Bréfritari: Jakobína Jónsdóttir
Viðtakandi: Sólveig Jónsdóttir
Dagsetning: A-1857-11-17
Skrifað á: Hólmum  S-Múl.
systir bréfviðtakanda

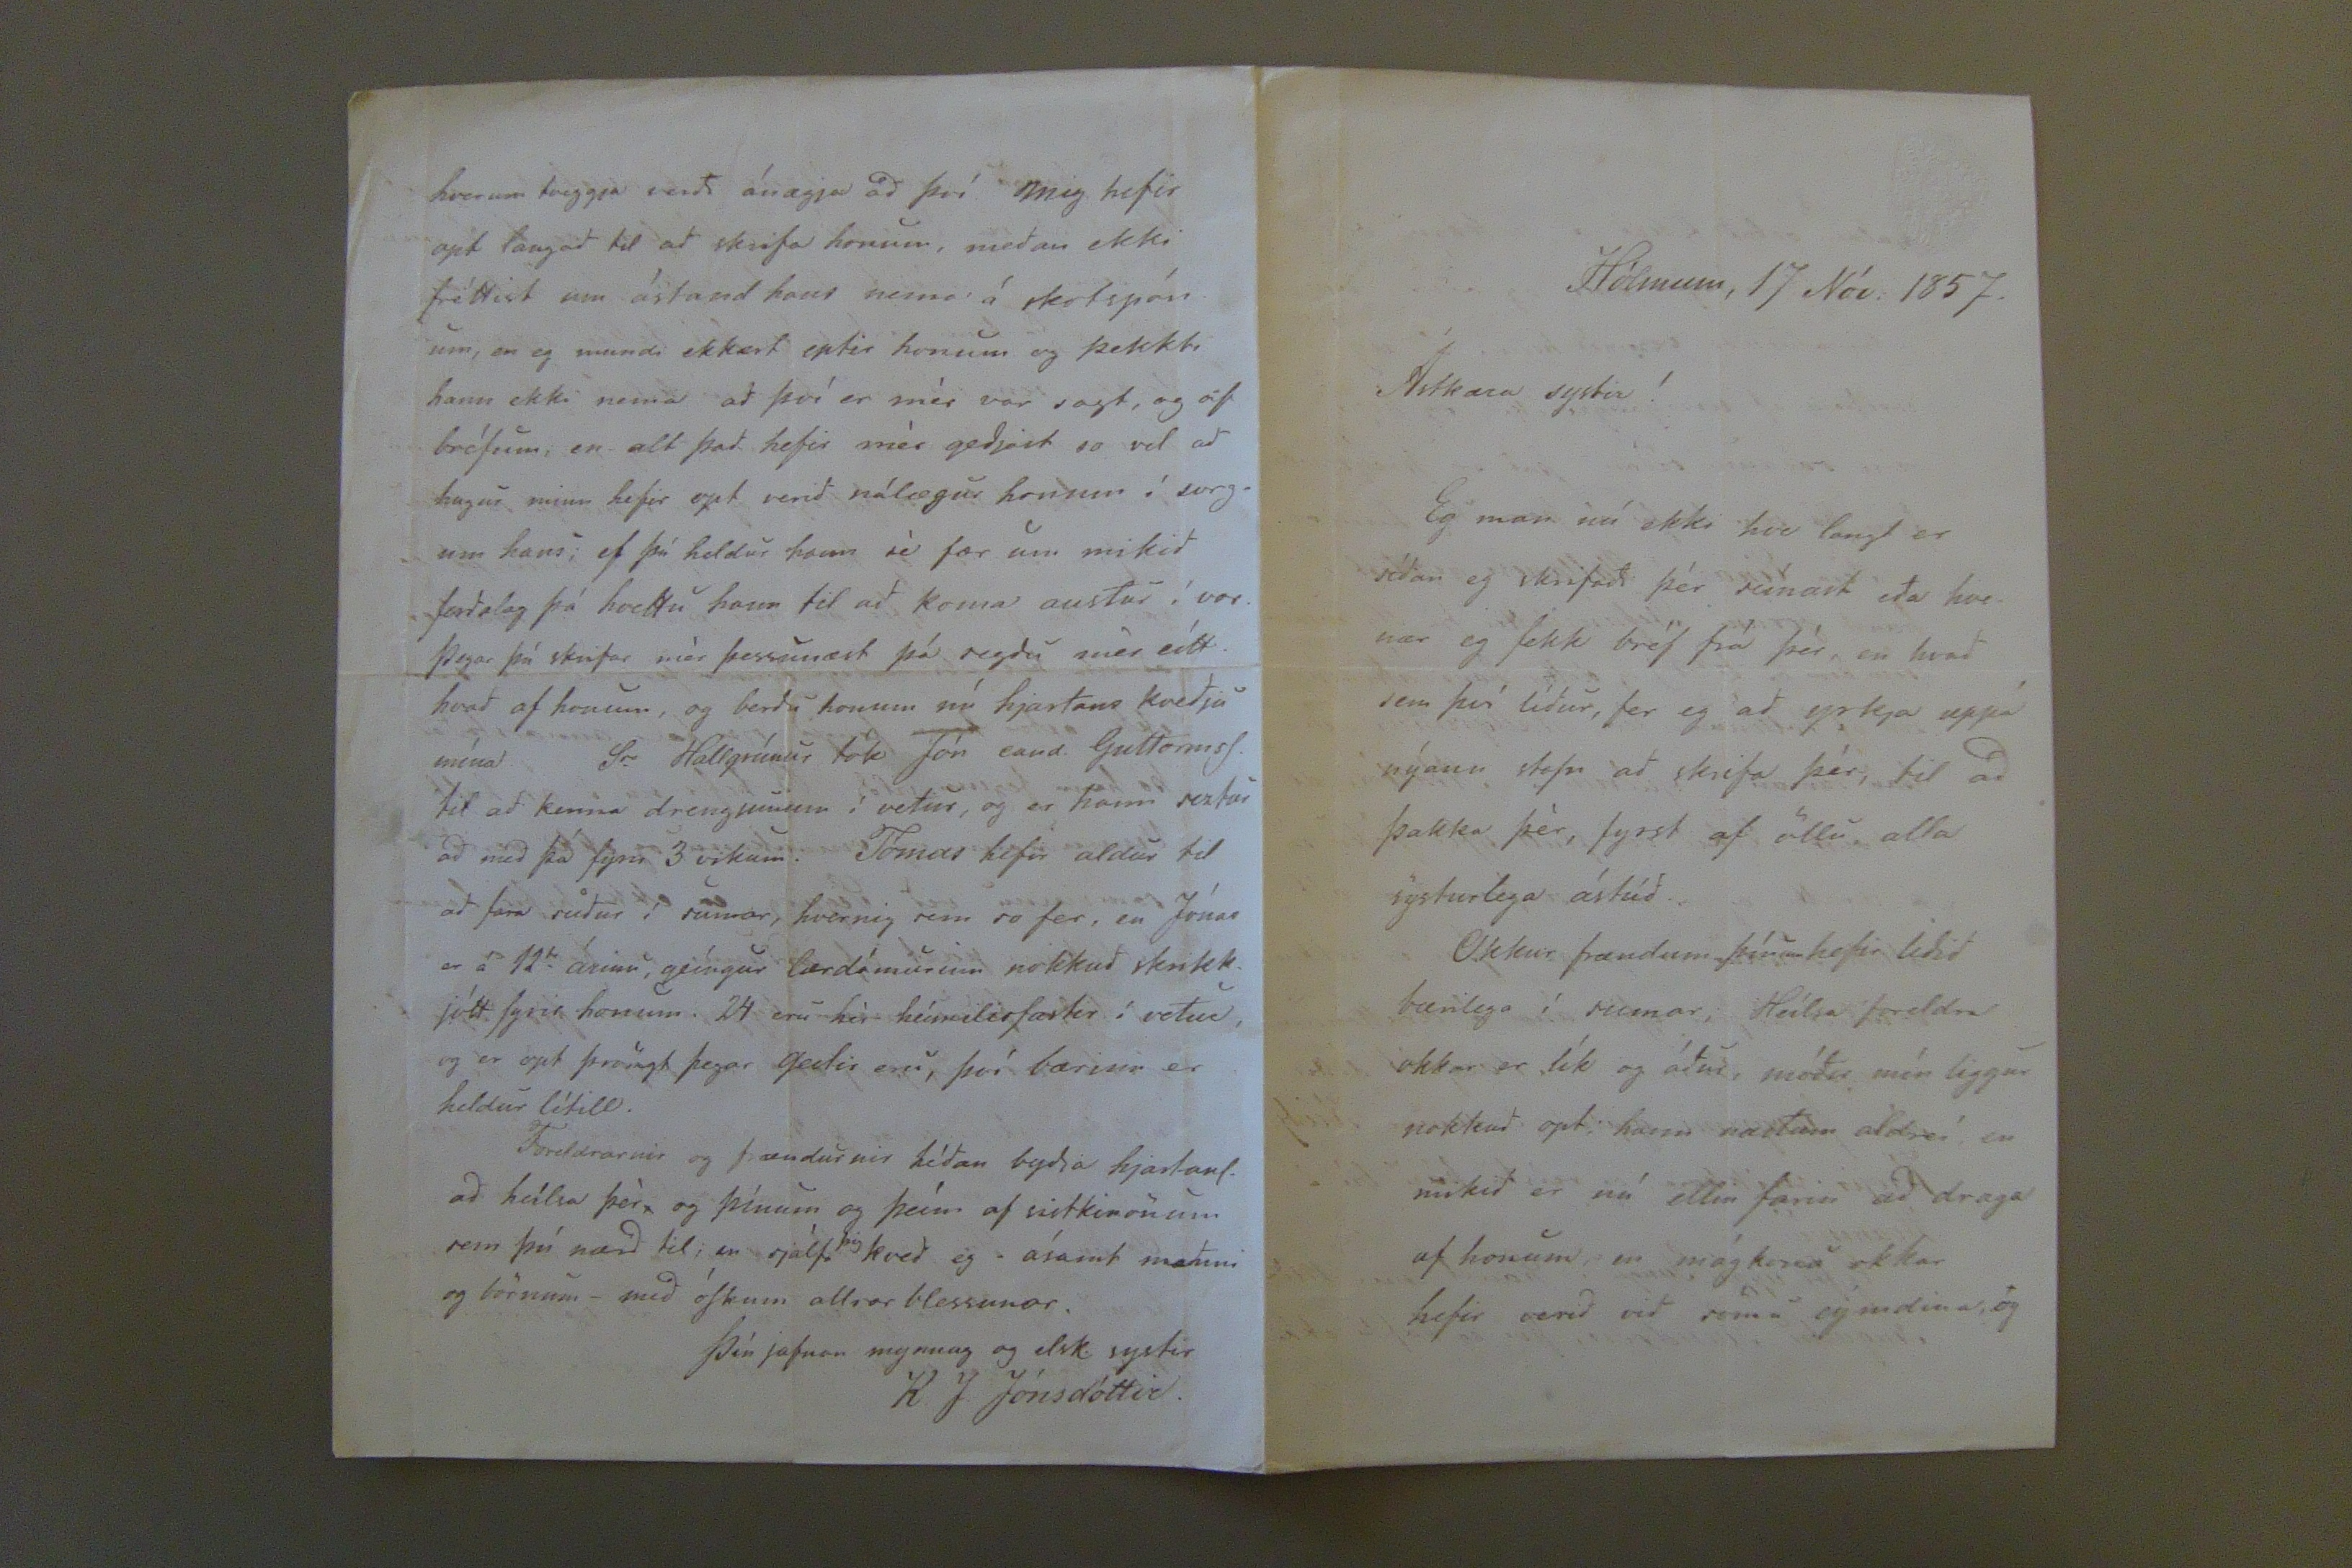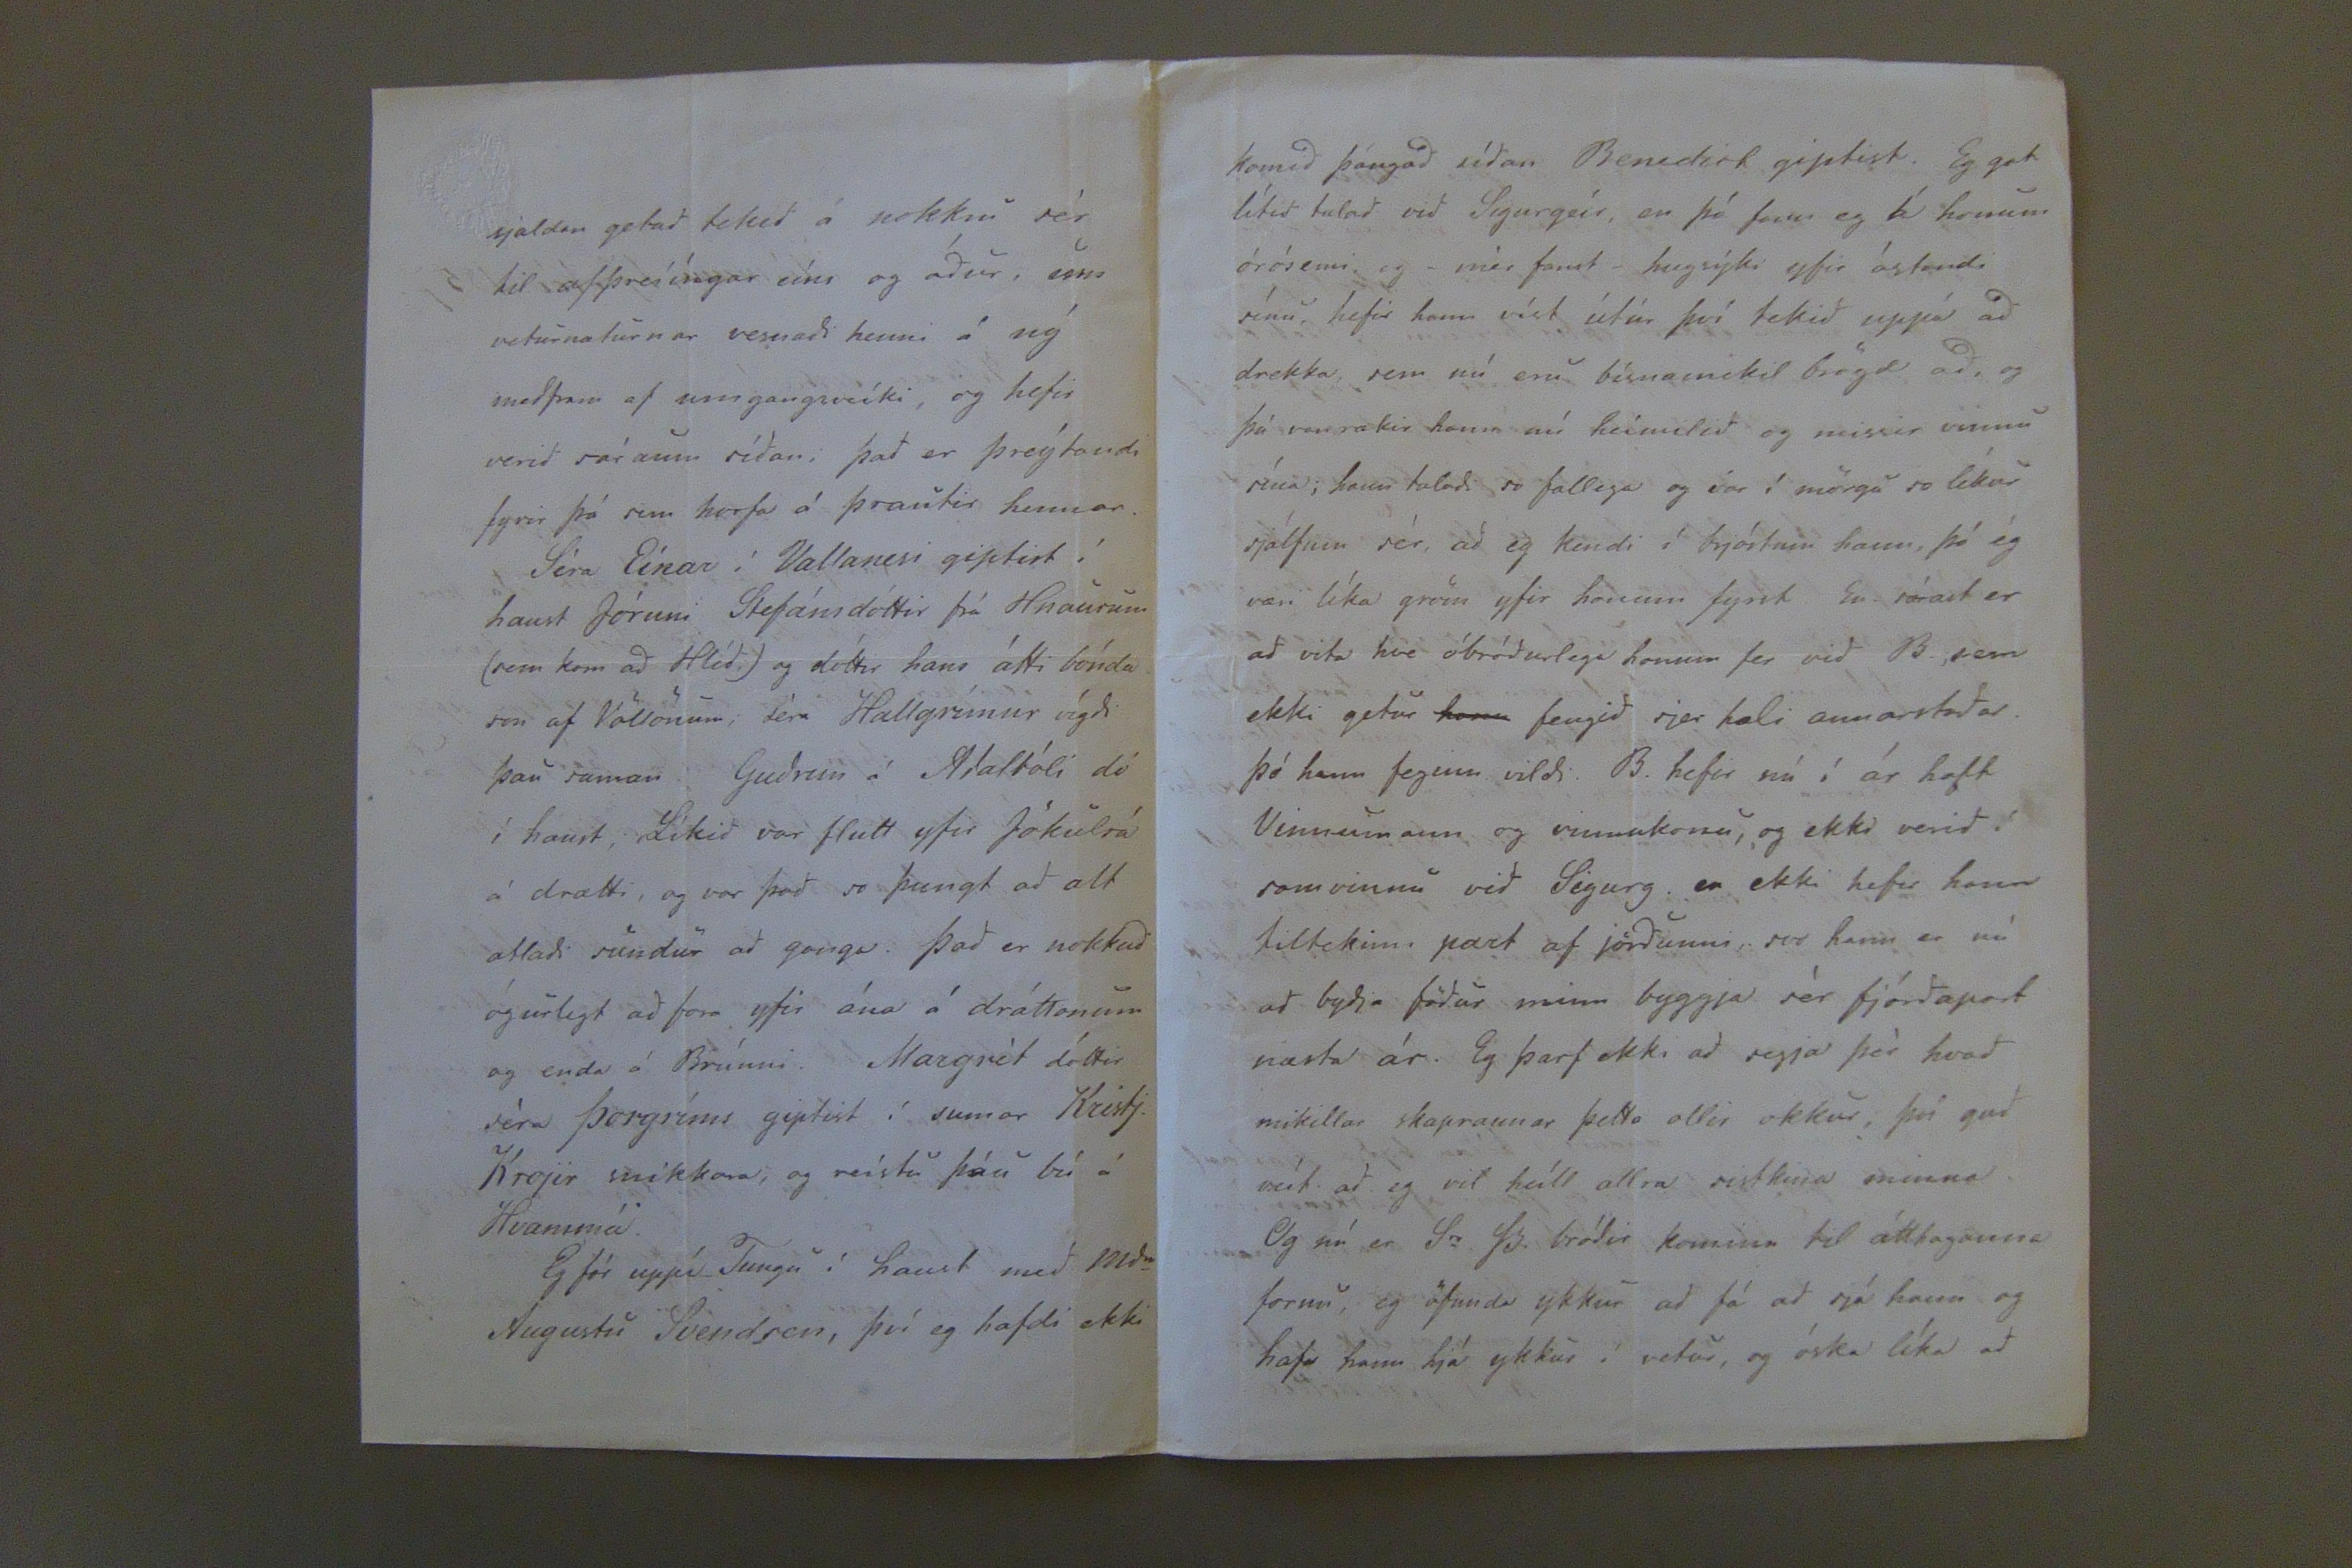

Hólmum, 17 Nóv. 1857.
Ástkæra systir!
Eg man nú ekki hve langt er sídan eg skrifadi þér seínast eda hvenær eg fekk bréf frá þér, en hvad sem því lídur, fer eg ad yrkja uppá nýann stofn ad skrifa þér, til ad þakka þér, fyrst af öllu, alla systurlega ástúd.
Okkur frændum þínum hefir lidid bærilega í sumar; Heilsa foreldra okkar er lík og ádur, módir mín liggur nokkud opt; hann næstum aldreí, en mikid er nú ellin farin ad draga af honum, en mágkona okkar hefir verid vid sömu eýmdina, og
sjaldan getad tekid á nokkru sér til afþreííngar eíns og ádur, um veturnæturnar versnadi henni á ný medfram af umgangsveíki, og hefir verid sáraum sídan. Þad er þreýtandi fyrir þá sem horfa á þrautir hennar.
Séra Eínar í Vallanesi giptist í haust Jóruni Stefánsdóttir frá Hnaurum (sem kom ad Hlíd.) og dóttir hans átti bónda son af Völlönum; séra Hallgrímur vígdi þau saman. Gudrun á Adalbóli dó í haust. Líkid var flutt yfir Jökulsá á drætti, og var þad so þungt ad alt ætladi sundur ad ganga. Þad er nokkud ógurlegt ad fara yfir ána á dráttanum og enda á Brúnni. Margrét dóttir séra Þorgríms giptist í sumar Kristj. Krojir snikkara, og reístu þáu bú á Hvammá.
Eg fór uppá Tungu í haust med Md
m
Augustu Svendsen, því eg hafdi ekki
hvorum tveggja verdi ánægja ad því mig hefir opt langad til ad skrifa honum, medan ekki fréttist um ástand hans nema á skotspónum, en eg mundi ekkert eptir honum og þekkti hann ekki nema ad því er mér var sagt, og af bréfum, en alt þad hefir mér gedjast so vel ad hugur minn hefir opt verid nálægur honum í sorgum hans; ef þú heldur hann sé fær um mikid ferdalag þá hvettu hann til ad koma austur í vor. Þegar þú skrifar mér þessunæst þá segdu mér eítthvad af honum, og berdu honum nú hjartans kvedju mína.
Sr.
Hallgrímur tók Jón cand, GuttormsS. til ad kenna drengjunum í vetur, og er hann seztur ad med þá fyrir 3 vikum. Tómas hefir aldur til ad fara sudur í sumar, hvernig sem so fer, en Jónas er á 12
da
árinu, geíngur lærdómurinn nokkud skrikkjótt fyrir honum. 24 eru hér heímilisfastir í vetur, og er opt þröngt þegar gestir eru, því bærinn er heldur lítill.
Foreldrarnir og frændurnir hédan bydja hjartanl. ad heílsa þér, og þínum og þeím af vistkimonum sem þú nærð til; en sjálf
þig
kved eg -ásamt manni og börnum- med óSkum allrar blessunar.
Þín jafnan mynnug og elsk. systir
R. J. Jónsdóttir.